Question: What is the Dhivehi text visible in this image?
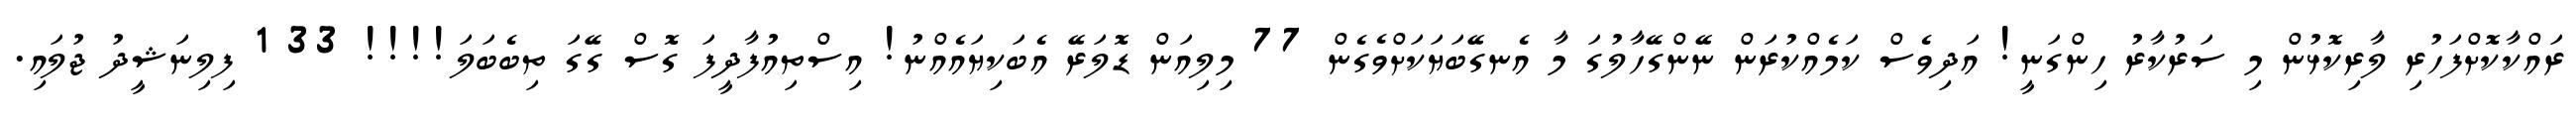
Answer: ރައްކާކޮށްފަހުރި ލާރިކޮޅުން މި ސަރުކާރު ހިންގަނީ! އަދިވެސް ކަމެއްކުރަން ނޭންގޭހާލުގަ މާ އެނގޭބަޔަކަށްވެގެން 77 މިލިއަން ޑޮލަރޭ އެބަކިޔައެއްނު! އިސްތިއުފާދީފަ ގޮސް ގޭގަ ތިބެބަލަ!!!! 33 1 ފިލިނަޝީދު ޖުލައި.